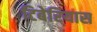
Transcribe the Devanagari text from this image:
टिबेरियास